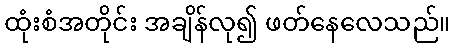
ထုံးစံအတိုင်း အချိန်လု၍ ဖတ်နေလေသည်။